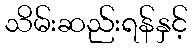
သိမ်းဆည်းရန်နှင့်